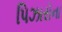
પિઝારોના